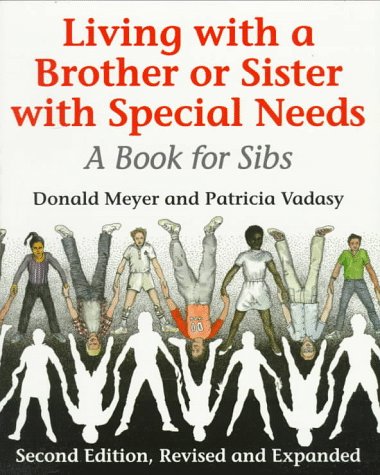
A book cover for Living with a Brother or Sister with Special Needs: A Book for Sibs; Donald Meyer; Health, Fitness & Dieting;